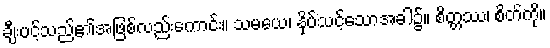
ချီးပင့်သည်၏အဖြစ်လည်းကောင်း။ သမယေ၊ နှိပ်သင့်သောအခါ၌။ စိတ္တဿ၊ စိတ်ကို။